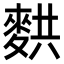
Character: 𬹂